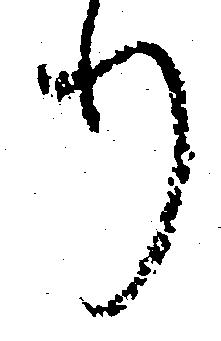
り